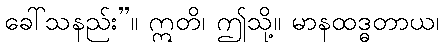
ခေါ်သနည်း”။ ဣတိ၊ ဤသို့။ မာနထဒ္ဓတာယ၊